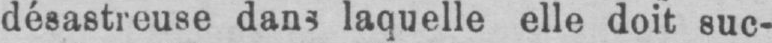
laquelle elle doit suc-